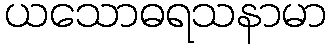
ယသောဓရသနာမာ